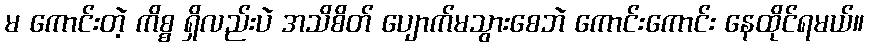
မ ကောင်းတဲ့ ကိစ္စ ရှိလည်းပဲ အသိစိတ် ပျောက်မသွားစေဘဲ ကောင်းကောင်း နေထိုင်ရမယ်။